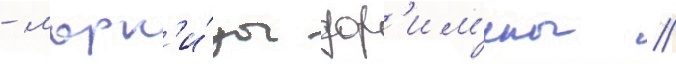
- марк'и́зы дор'им'ены /